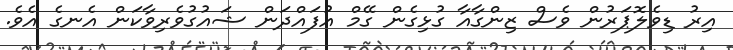
އިރު ޑިވެލޮޕަރުން ވެސް ޒިންގާއާ ގުޅިގެން ގޭމް އުފައްދަން ޝައުގުވެރިވާކަން އެނގެ އެވެ.